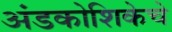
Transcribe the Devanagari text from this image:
अंडकोशिकेचे